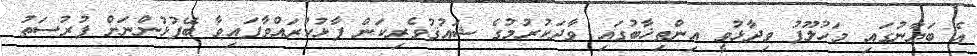
އެ ބަޔާނުގައި މަހުލޫފު ވިދާޅުވީ އިންތިޚާބުގައި ވާދަކުރުމުގެ ޝައުޤުވެރިކަން ފާޅުކުރައްވާފައިވާ ބޭފުޅުންނަށް ފުރުސަތު